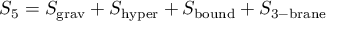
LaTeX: S _ { 5 } = S _ { \mathrm { g r a v } } + S _ { \mathrm { h y p e r } } + S _ { \mathrm { b o u n d } } + S _ { \mathrm { 3 - b r a n e } }